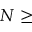
N \geq